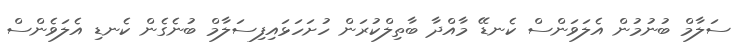
ސަލާމް ބުނުމުން އެލަވަންސް ކެނޑޭ މާއްދާ ބާތިލްކުރަން ހުށަހަޅައިފިސަލާމް ބުނެގެން ކެނޑި އެލަވެންސް